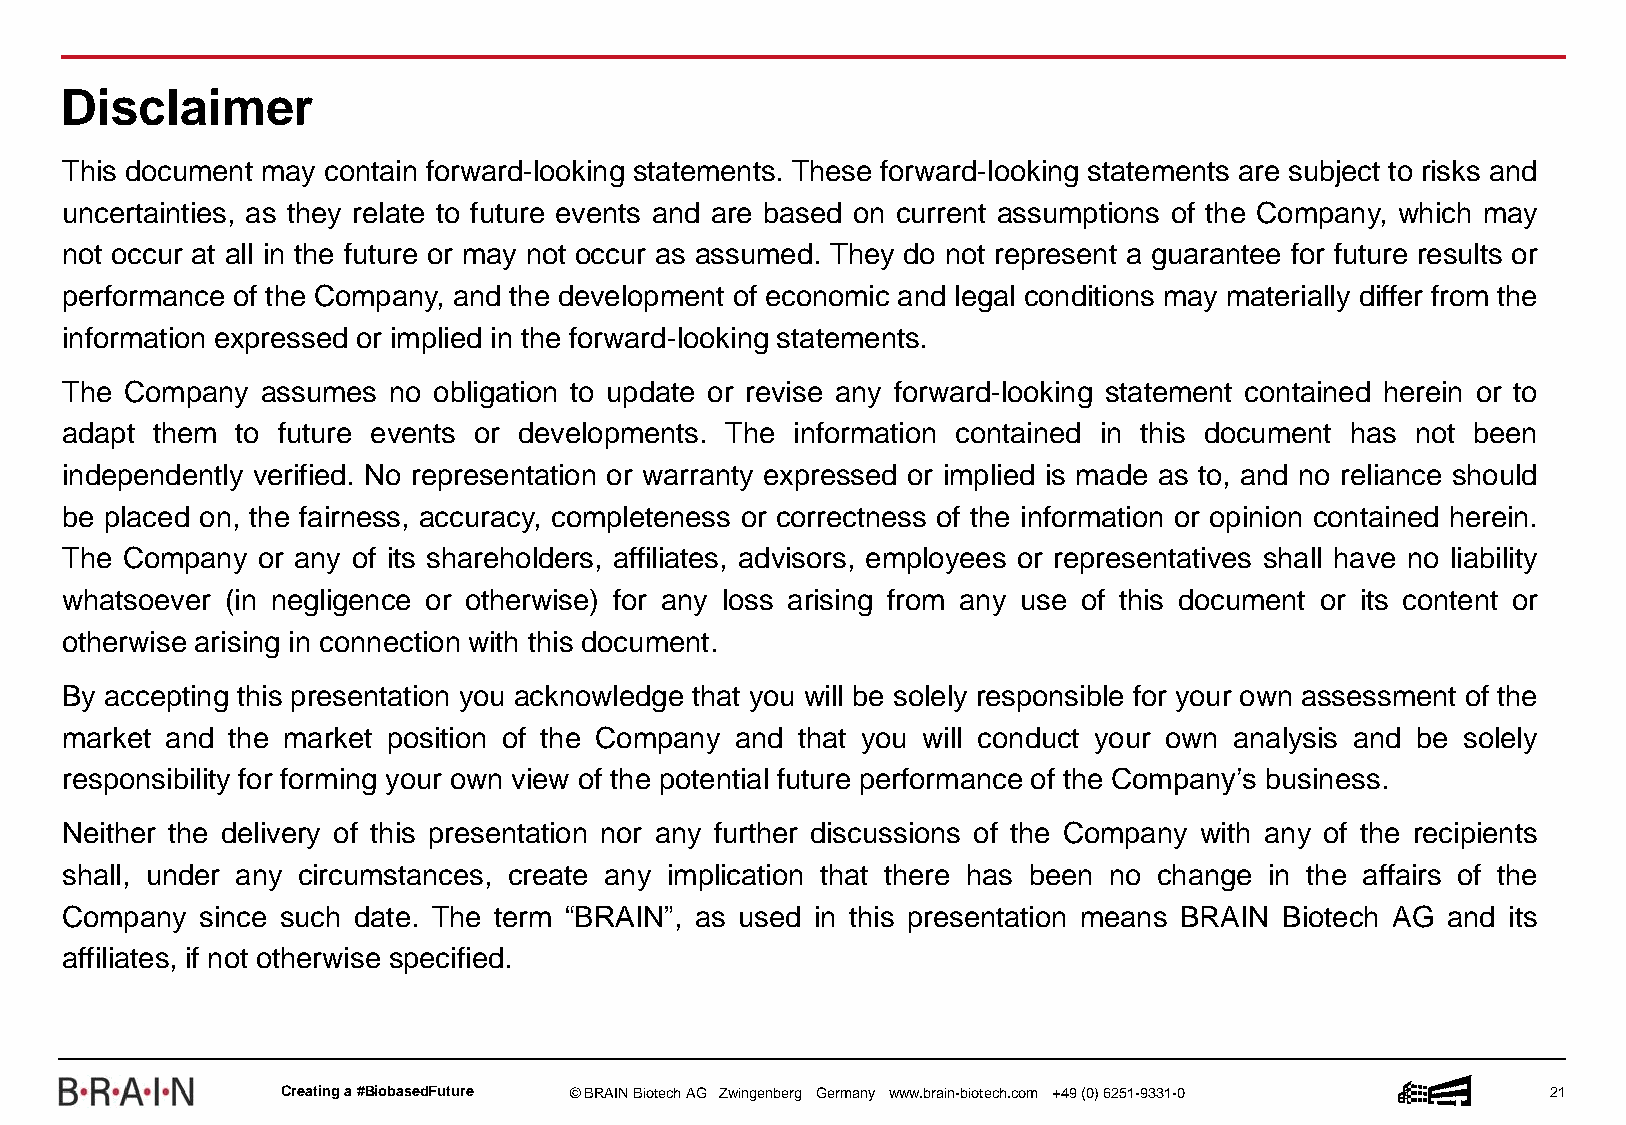
Disclaimer
 This document may contain forward-looking statements. These forward-looking statements are subject to risks and
 uncertainties, as they relate to future events and are based on current assumptions of the Company, which may
 not occur at all in the future or may not occur as assumed. They do not represent a guarantee for future results or
 performance of the Company, and the development of economic and legal conditions may materially differ from the
 information expressed or implied in the forward-looking statements.
 The Company  assumes  no obligation to update or revise any forward-looking statement contained herein or to
 adapt them  to future events or developments. The information contained in this document has not been
 independently verified. No representation or warranty expressed or implied is made as to, and no reliance should
 be placed on, the fairness, accuracy, completeness or correctness of the information or opinion contained herein.
 The Company  or any of its shareholders, affiliates, advisors, employees or representatives shall have no liability
 whatsoever (in negligence or otherwise) for any loss arising from any use of this document or its content or
 otherwise arising in connection with this document.
 By accepting this presentation you acknowledge that you will be solely responsible for your own assessment of the
 market and the market position of the Company and that you will conduct your own analysis and be solely
 responsibility for forming your own view of the potential future performance of the Company’s business.
 Neither the delivery of this presentation nor any further discussions of the Company with any of the recipients
 shall, under any circumstances, create any implication that there has been no change in the affairs of the
 Company  since such date. The term “BRAIN”, as used in this presentation means BRAIN Biotech AG and its
 affiliates, if not otherwise specified.
 Creatinga #BiobasedFuture © BRAIN BiotechAG Zwingenberg Germany www.brain-biotech.com +49 (0) 6251-9331-0 21